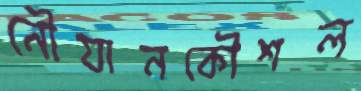
নৌযানকৌশল